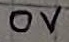
Text: 0V